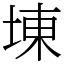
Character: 埬